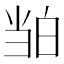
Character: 𬐉